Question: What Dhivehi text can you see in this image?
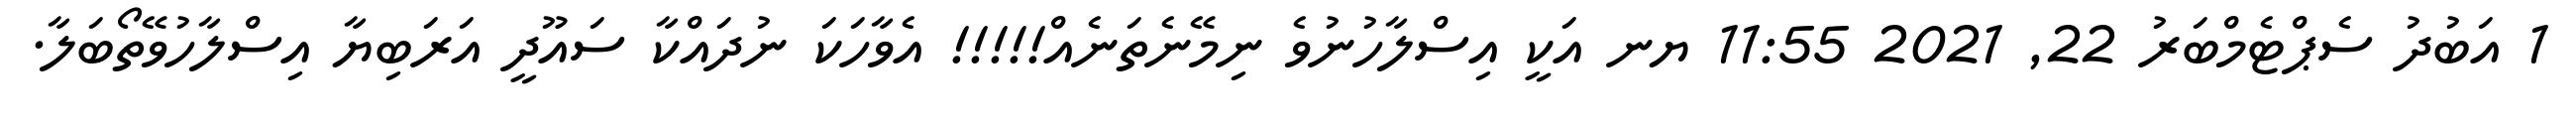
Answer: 1 އަބުދު ސެޕްޓެމްބަރު 22, 2021 11:55 ޔނ އަކީ އިސްލާހުނުވެ ނިމޭނެތަނެއް!!!!! އެވާހަކަ ނުދައްކާ ސައޫދީ އަރަބިޔާ އިސްލާހުވޭތޯބަލާ.